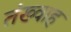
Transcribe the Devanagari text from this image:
तंख्वाह